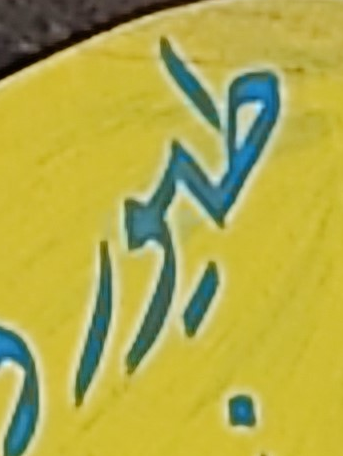
طيور